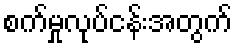
စက်မှုလုပ်ငန်းအတွက်